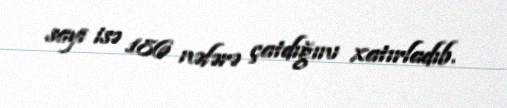
sayı isə 186 nəfərə çatdığını xatırladıb.